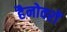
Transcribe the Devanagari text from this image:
हैनोवरों